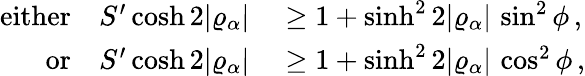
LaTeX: \begin{array}{rl}{\mathrm{either}\quad S^{\prime}\cosh 2\vert\varrho_{\alpha}\vert}&{{}\geq 1+\sinh^{2}2\vert\varrho_{\alpha}\vert\, \sin^{2}\phi\, ,}\\ {\mathrm{or}\quad S^{\prime}\cosh 2\vert\varrho_{\alpha}\vert}&{{}\geq 1+\sinh^{2}2\vert\varrho_{\alpha}\vert\, \cos^{2}\phi\, ,}\end{array}